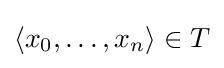
\langle x_{0},\dots ,x_{n}\rangle \in T